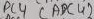
Text: ADC4